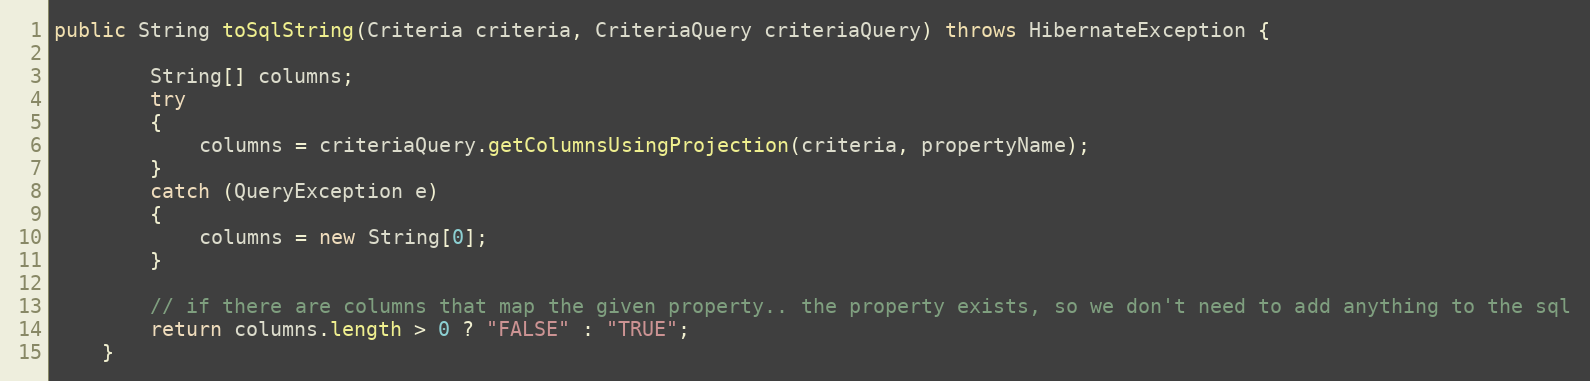
Language: Java
public String toSqlString(Criteria criteria, CriteriaQuery criteriaQuery) throws HibernateException {

        String[] columns;
        try
        {
            columns = criteriaQuery.getColumnsUsingProjection(criteria, propertyName);
        }
        catch (QueryException e)
        {
            columns = new String[0];
        }

        // if there are columns that map the given property.. the property exists, so we don't need to add anything to the sql
        return columns.length > 0 ? "FALSE" : "TRUE";
    }